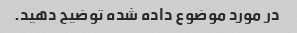
در مورد موضوع داده شده توضیح دهید.